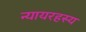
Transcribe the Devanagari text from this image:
न्यायरहस्य